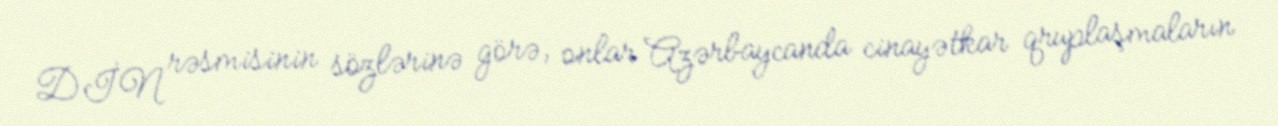
DİN rəsmisinin sözlərinə görə, onlar Azərbaycanda cinayətkar qruplaşmaların